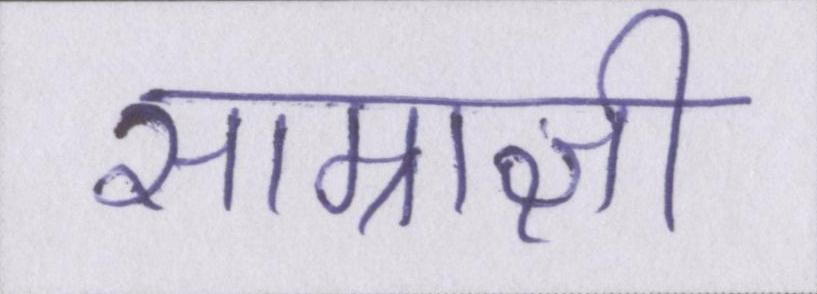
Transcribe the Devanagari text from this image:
साम्राज्ञी